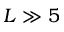
L \gg 5